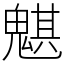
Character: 魌